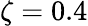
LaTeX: \zeta=0.4